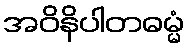
အဝိနိပါတဓမ္မံ